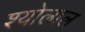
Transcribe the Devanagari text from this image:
श्योलाल